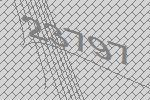
23797